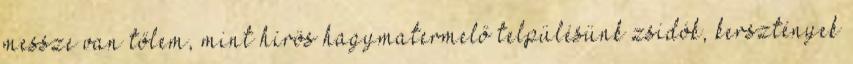
messze van tőlem, mint hírös hagymatermelő telpülésünk zsidók, kersztények